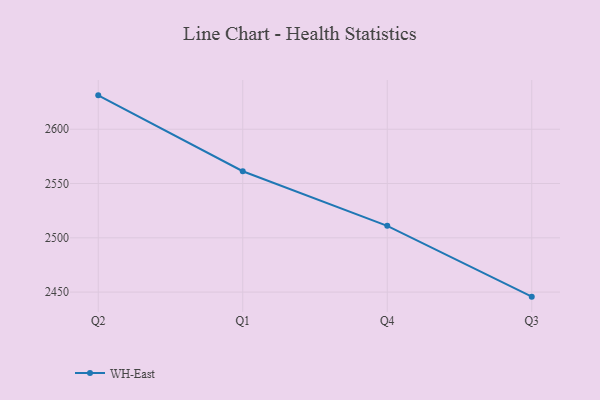
{"axis": {"x": "Quarter", "y": "Satisfaction Score"}, "legend": ["WH-East"], "data": [{"x": "Q2", "y": 2631.2, "type": "WH-East"}, {"x": "Q1", "y": 2561.3, "type": "WH-East"}, {"x": "Q4", "y": 2511.0, "type": "WH-East"}, {"x": "Q3", "y": 2445.8, "type": "WH-East"}]}